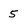
Character: 5